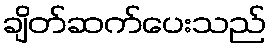
ချိတ်ဆက်ပေးသည်